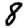
Digit: 8